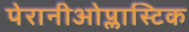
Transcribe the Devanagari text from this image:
पेरानीओप्लास्टिक